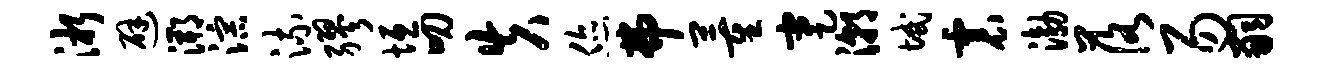
淅避溯淙流缪垣叨失您弗董蹇潮域震渤落易嗣